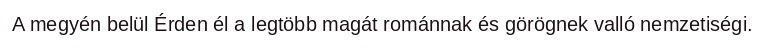
A megyén belül Érden él a legtöbb magát románnak és görögnek valló nemzetiségi.